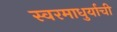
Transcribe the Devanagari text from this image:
स्वरमाधुर्याची